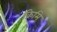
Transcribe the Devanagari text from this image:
क्रिमि